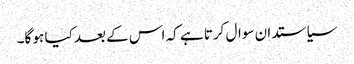
سیاستدان سوال کرتا ہے کہ اس کے بعد کیا ہو گا۔